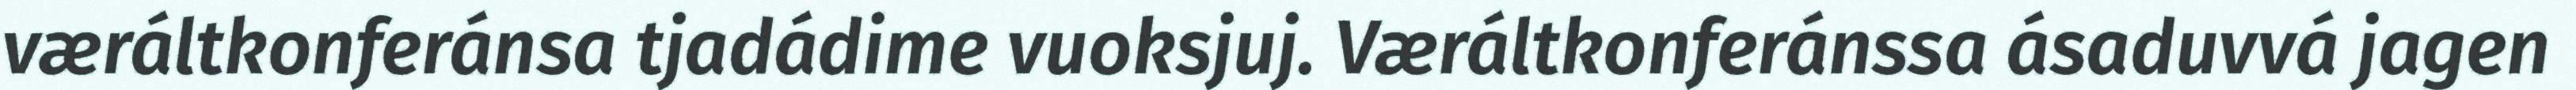
væráltkonferánsa tjadádime vuoksjuj. Væráltkonferánssa ásaduvvá jagen